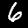
Digit: 6